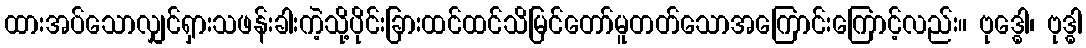
ထားအပ်သောလျှင်ရှားသဖန်းခါးကဲ့သို့ပိုင်းခြားထင်ထင်သိမြင်တော်မူတတ်သောအကြောင်းကြောင့်လည်း။ ဗုဒ္ဓေါ၊ ဗုဒ္ဓါ